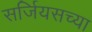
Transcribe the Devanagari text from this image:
सर्जियसच्या